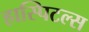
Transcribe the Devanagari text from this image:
हास्पिटल्स